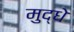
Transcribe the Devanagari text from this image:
मुद्धे